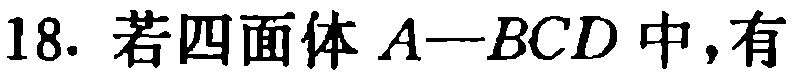
18. 若四面体 \(A - BCD\) 中，有